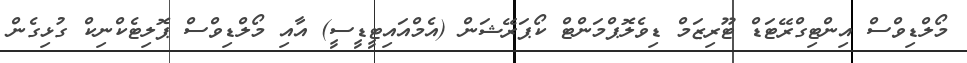
މޯލްޑިވްސް އިންޓިގްރޭޓަޑް ޓޫރިޒަމް ޑިވެލޮޕްމަންޓް ކޯޕަރޭޝަން (އެމްއައިޓީޑީސީ) އާއި މޯލްޑިވްސް ޕޮލިޓެކްނިކް ގުޅިގެން